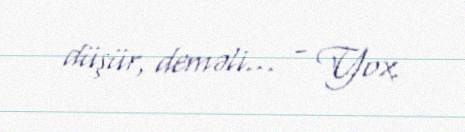
düşür, deməli... - Yox.